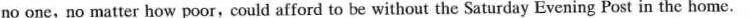
no one, no matter how poor, could afford to be without the Saturday Evening Post in the home.